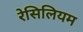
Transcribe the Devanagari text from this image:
रेसिलियम